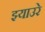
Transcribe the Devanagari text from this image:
झ्याउरे